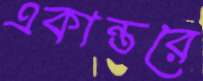
একান্তরে